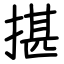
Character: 揕